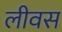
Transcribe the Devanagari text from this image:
लीवस